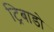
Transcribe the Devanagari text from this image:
ट्रिबाडो